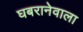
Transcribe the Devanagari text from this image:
घबरानेवाला